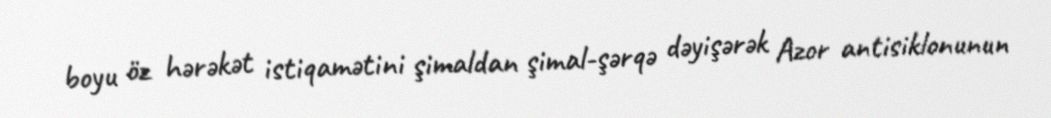
boyu öz hərəkət istiqamətini şimaldan şimal-şərqə dəyişərək Azor antisiklonunun